Annual administration report of the Civil Veterinary Department, Ajmere-Merwara, British Rajputana - 1914-1940
Year: 1914
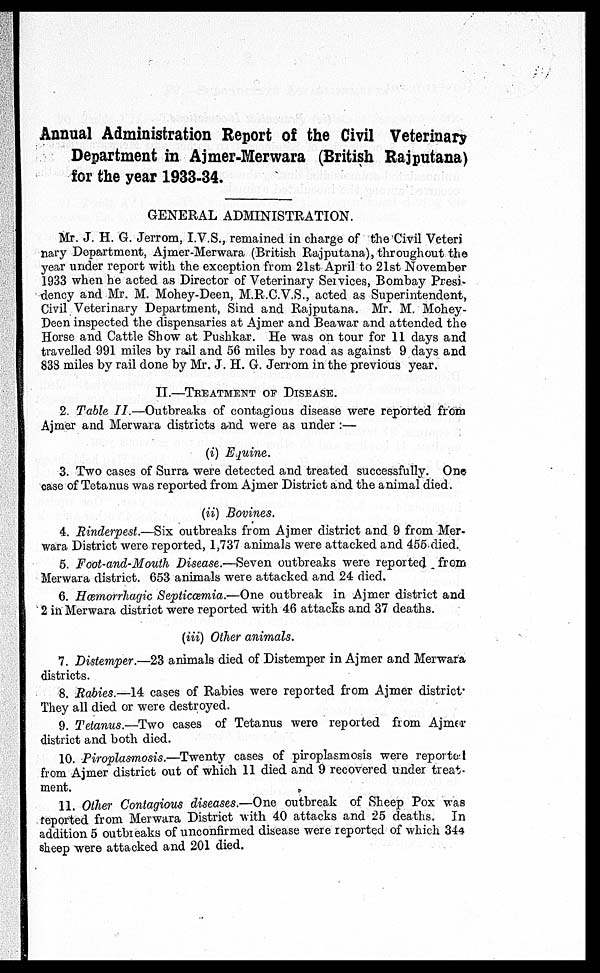
Annual Administration Report of the Civil Veterinary
Department in Ajmer-Merwara (British Rajputana)
for the year 1933-34.
GENERAL ADMINISTRATION.
Mr. J. H. G. Jerrom, I.V.S., remained in charge of the Civil Veteri
nary Department, Ajmer-Merwara (British Rajputana), throughout the
year under report with the exception from 21st April to 21st November
1933 when he acted as Director of Veterinary Services, Bombay Presi-
dency and Mr. M. Mohey-Deen, M.R.C.V.S., acted as Superintendent,
Civil Veterinary Department, Sind and Rajputana. Mr. M. Mohey-
Deen inspected the dispensaries at Ajmer and Beawar and attended the
Horse and Cattle Show at Pushkar. He was on tour for 11 days and
travelled 991 miles by rail and 56 miles by road as against 9 days and
838 miles by rail done by Mr. J. H. G. Jerrom in the previous year.
II.—TREATMENT OF DISEASE.
2. Table II.—Outbreaks of contagious disease were reported from
Ajmer and Merwara districts and were as under:—
(i) Equine.
3. Two cases of Surra were detected and treated successfully. One
case of Tetanus was reported from Ajmer District and the animal died.
(ii) Bovines.
4. Rinderpest.—Six outbreaks from Ajmer district and 9 from Mer-
wara District were reported, 1,737 animals were attacked and 455 died.
5. Foot-and-Mouth Disease.—Seven outbreaks were reported from
Merwara district. 653 animals were attacked and 24 died.
6. Hœmorrhagic Septiœmia.—One outbreak in Ajmer district and
2 in Merwara district were reported with 46 attacks and 37 deaths.
(iii) Other animals.
7. Distemper.—23 animals died of Distemper in Ajmer and Merwara
districts.
8. Rabies.—14 cases of Rabies were reported from Ajmer district.
They all died or were destroyed.
9. Tetanus.—Two cases of Tetanus were reported from Ajmer
district and both died.
10. Piroplasmosis.—Twenty cases of piroplasmosis were reported
from Ajmer district out of which 11 died and 9 recovered under treat-
ment.
11. Other Contagious diseases.—One outbreak of Sheep Pox was
reported from Merwara District with 40 attacks and 25 deaths. In
addition 5 outbreaks of unconfirmed disease were reported of which 344
sheep were attacked and 201 died.